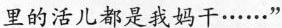
里的活儿都是我妈干……"